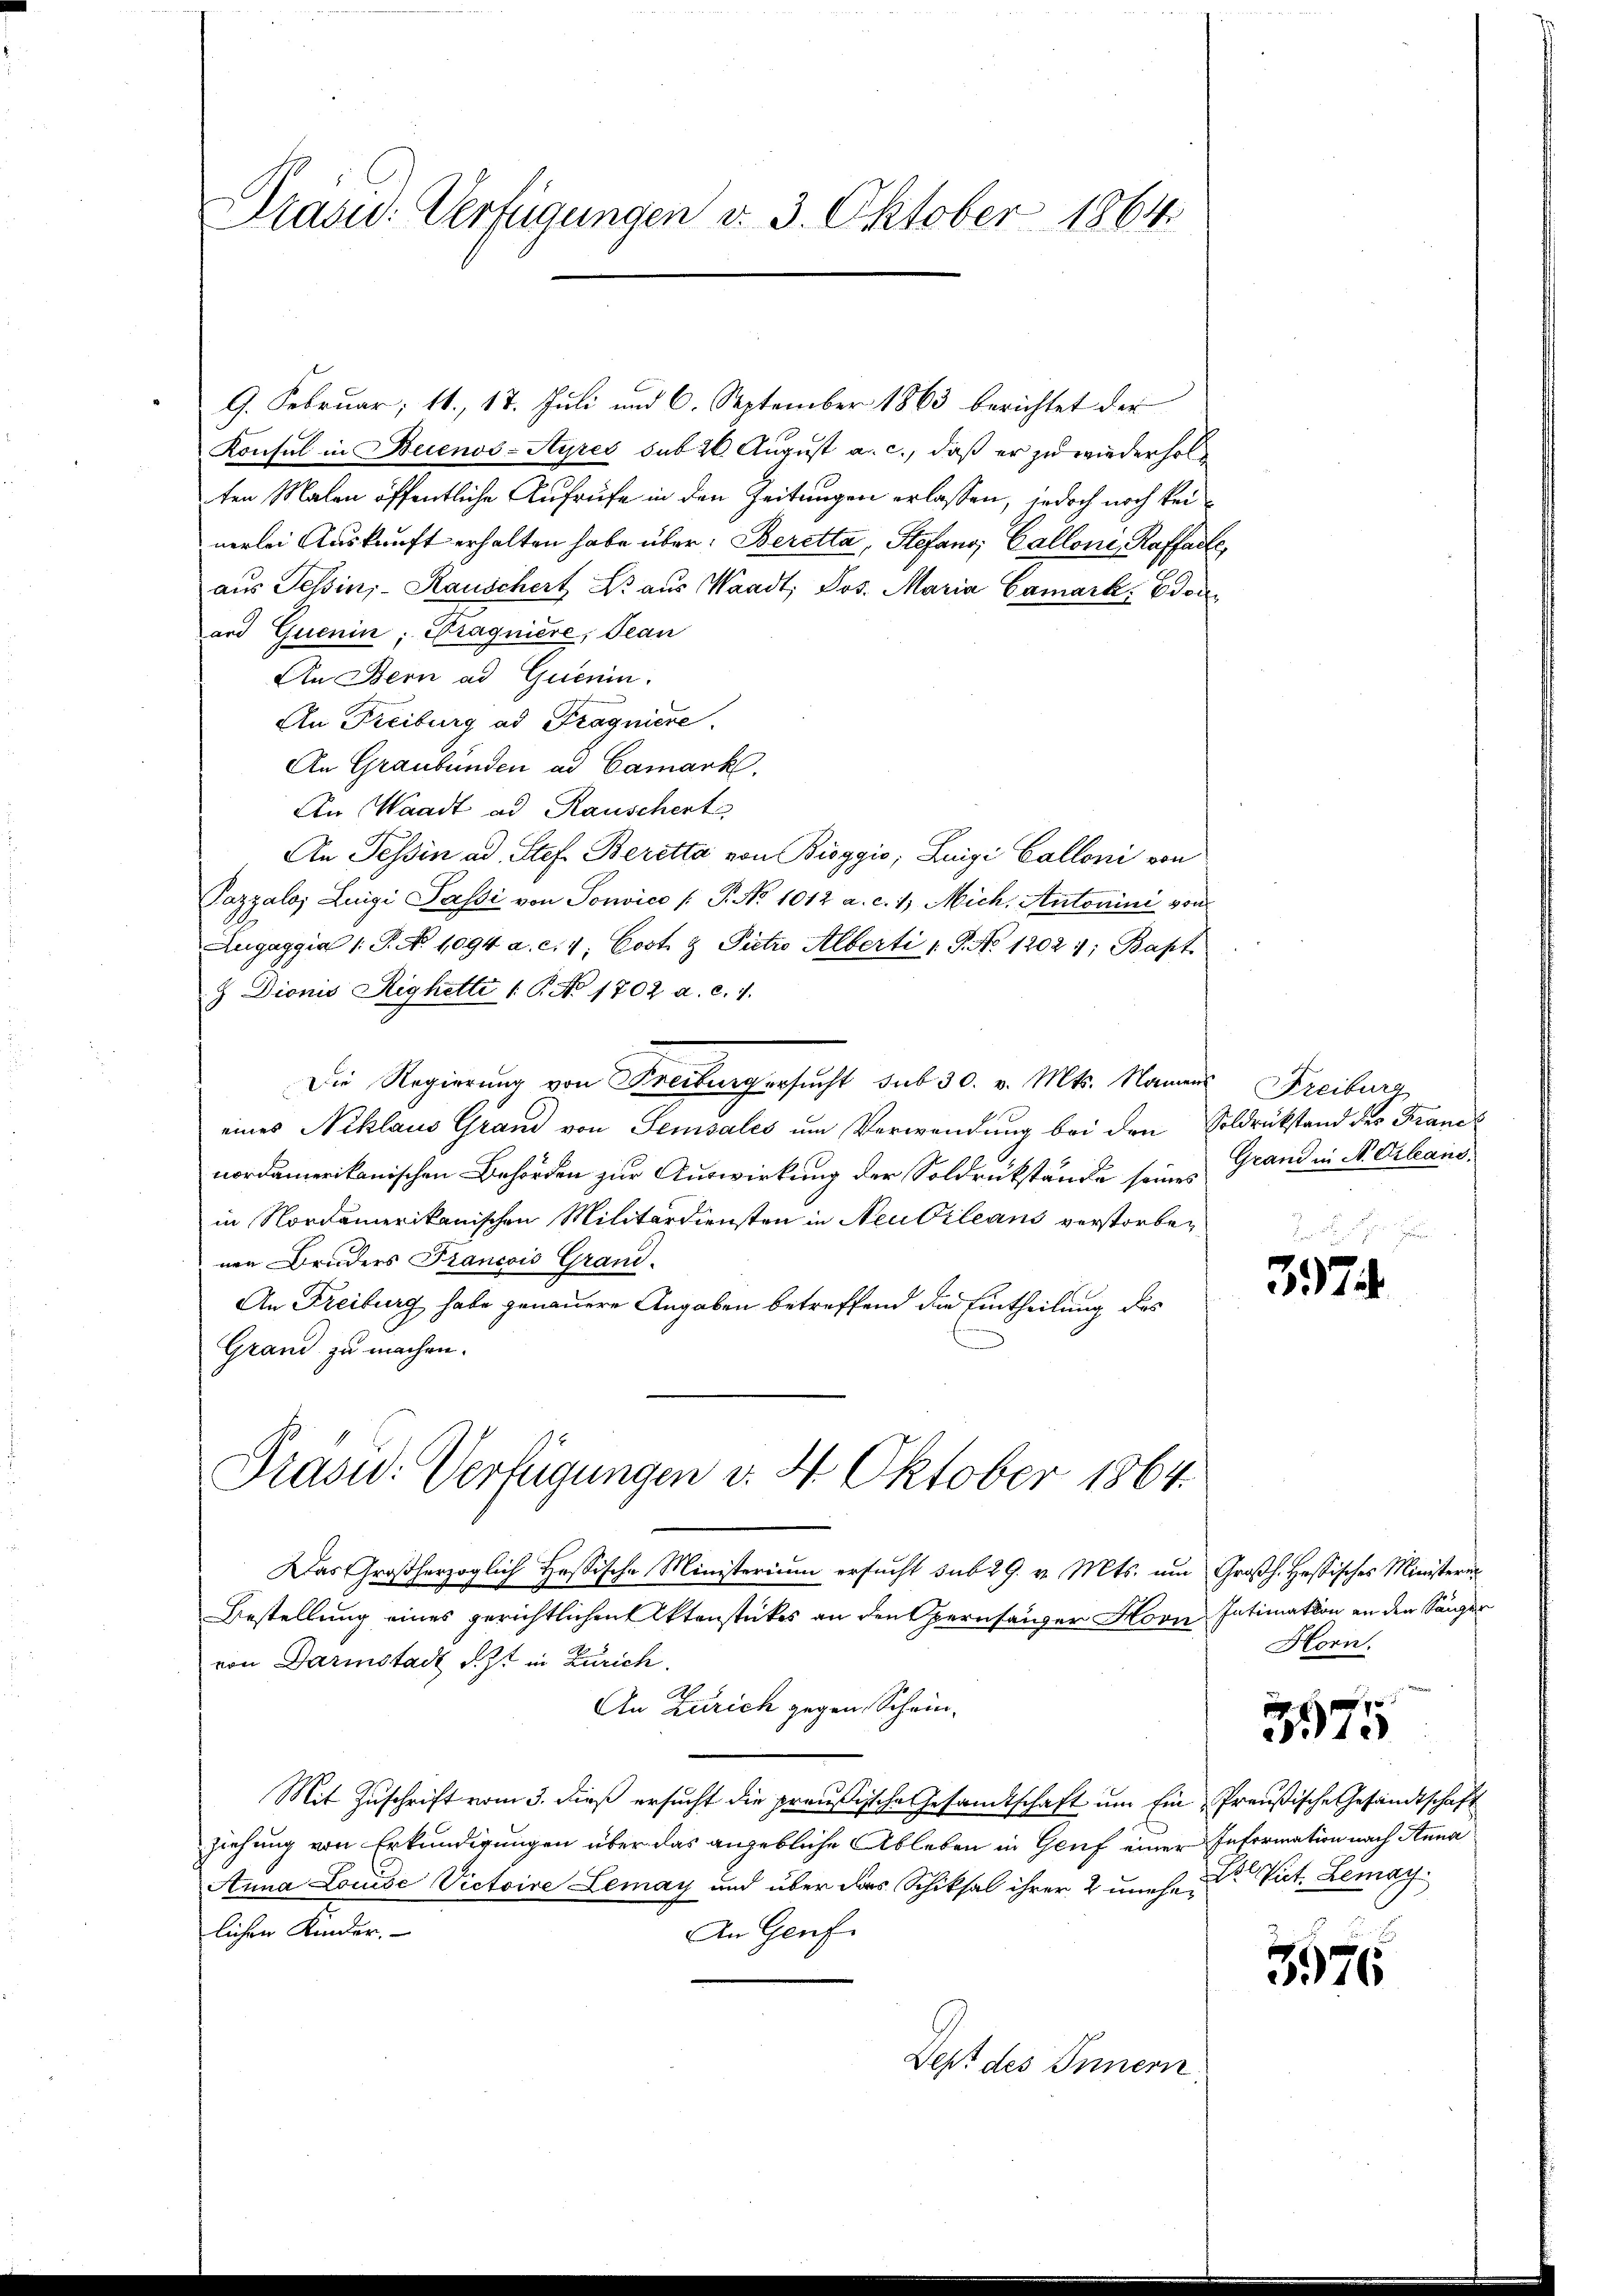
Präsid.: Verfügungen d. 3. Oktober 1864.

9. Februar; 11. 17. Juli und 6. September 1863 berichtet der
Konsul in Beienos-Ayres sub 26. August a. c., daß er zu wiederholten Malen öffentliche Aufrufe in den Zeitungen erlassen, jedoch noch keinerlei Auskunft erhalten habe über: Beretta, Stefano, Callone Raffache,
aus Tessin,- Rauschert Er aus Waadt, Jos. Maria Camark, Edou
ard Quenin; Cragniere, Jean
An Bern ad Quenin.
An Freiburg ad Fragniere.
An Graubünden ad Camark.
An Waadt ad Rauschert
An Tessin ad Stef. Beretta von Bioggio; Luigi Calloni von
Pazzalo; Luigi Passi von Sonvice /: P. No 1012 a. c. 1 Mich. Antonini von
Zugaggia 1. P. No 1094 a. c. 4, Cost & Pietro Alberti 18. No 12021; Bapt.
 Dionis Righetti 1 P. No 1702 a. c. 1.
Die Regierung von Freibung ersucht sub 30. v. Mts. Name Freiburg
eines Niklaus Grand von Semsales um Verwendung bei den Soldrükstand des Franes
nordamerikanischen Behörden zur Auswirkung der Soldrückstände seines Grand in N. Orleand,
in Nordamerikanischen Militärdiensten in Neu Orleans verstorbenen Bruders Francois Grand.
An Freiburg habe genauere Angaben betreffend die Eintheilung des
Grand zu machen.

Prasid. Verfügungen v. 4. Oktober 1864.

Das Großherzoglich Hassische Ministerium ersucht sub 29. v. Mts. um Großh. Hessisches Ministerin
Bestellung eines gerichtlichen Aktenstückes an den Opernsänger Horn Intimation an den Sänger
von Darmstadt S. Ist in Zürich.
An Zürich gegen Schein¬
Mit Zuschrift vom 3. dieß ersucht die preußische Gesandtschaft um Ein Preußische Gesandtschaft
ziehung von Erkundigungen über das angebliche Ableben in Genf einer Information nach Anna
Anna Louise Victoire Lemay und über das Schiksal ihrer 2 uneher Vict. Lemay
lichen Kinder.
An Genf
Dept des Innern

3974

Horn.

5975

5976